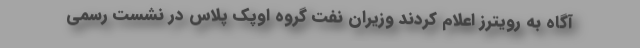
آگاه به رویترز اعلام کردند وزیران نفت گروه اوپک پلاس در نشست رسمی